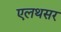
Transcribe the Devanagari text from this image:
एलथसर